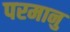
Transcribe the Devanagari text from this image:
परमानु